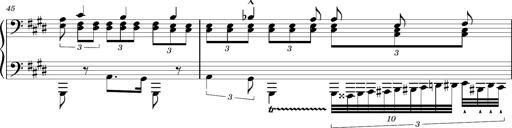
Title: PrÃ©ludes et Harmonies poÃ©tiques et religieuses
Composer: Franz Liszt